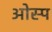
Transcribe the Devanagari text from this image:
ओस्प